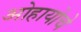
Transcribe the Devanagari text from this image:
ओहायोचे